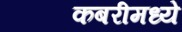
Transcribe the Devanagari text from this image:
कबरीमध्ये